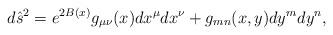
LaTeX: \begin{align*}{d\hat{s}^2=e^{2B(x)}g_{\mu\nu}(x)dx^{\mu}dx^{\nu}+g_{mn}(x,y)dy^mdy^n,}\end{align*}